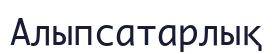
Алыпсатарлық